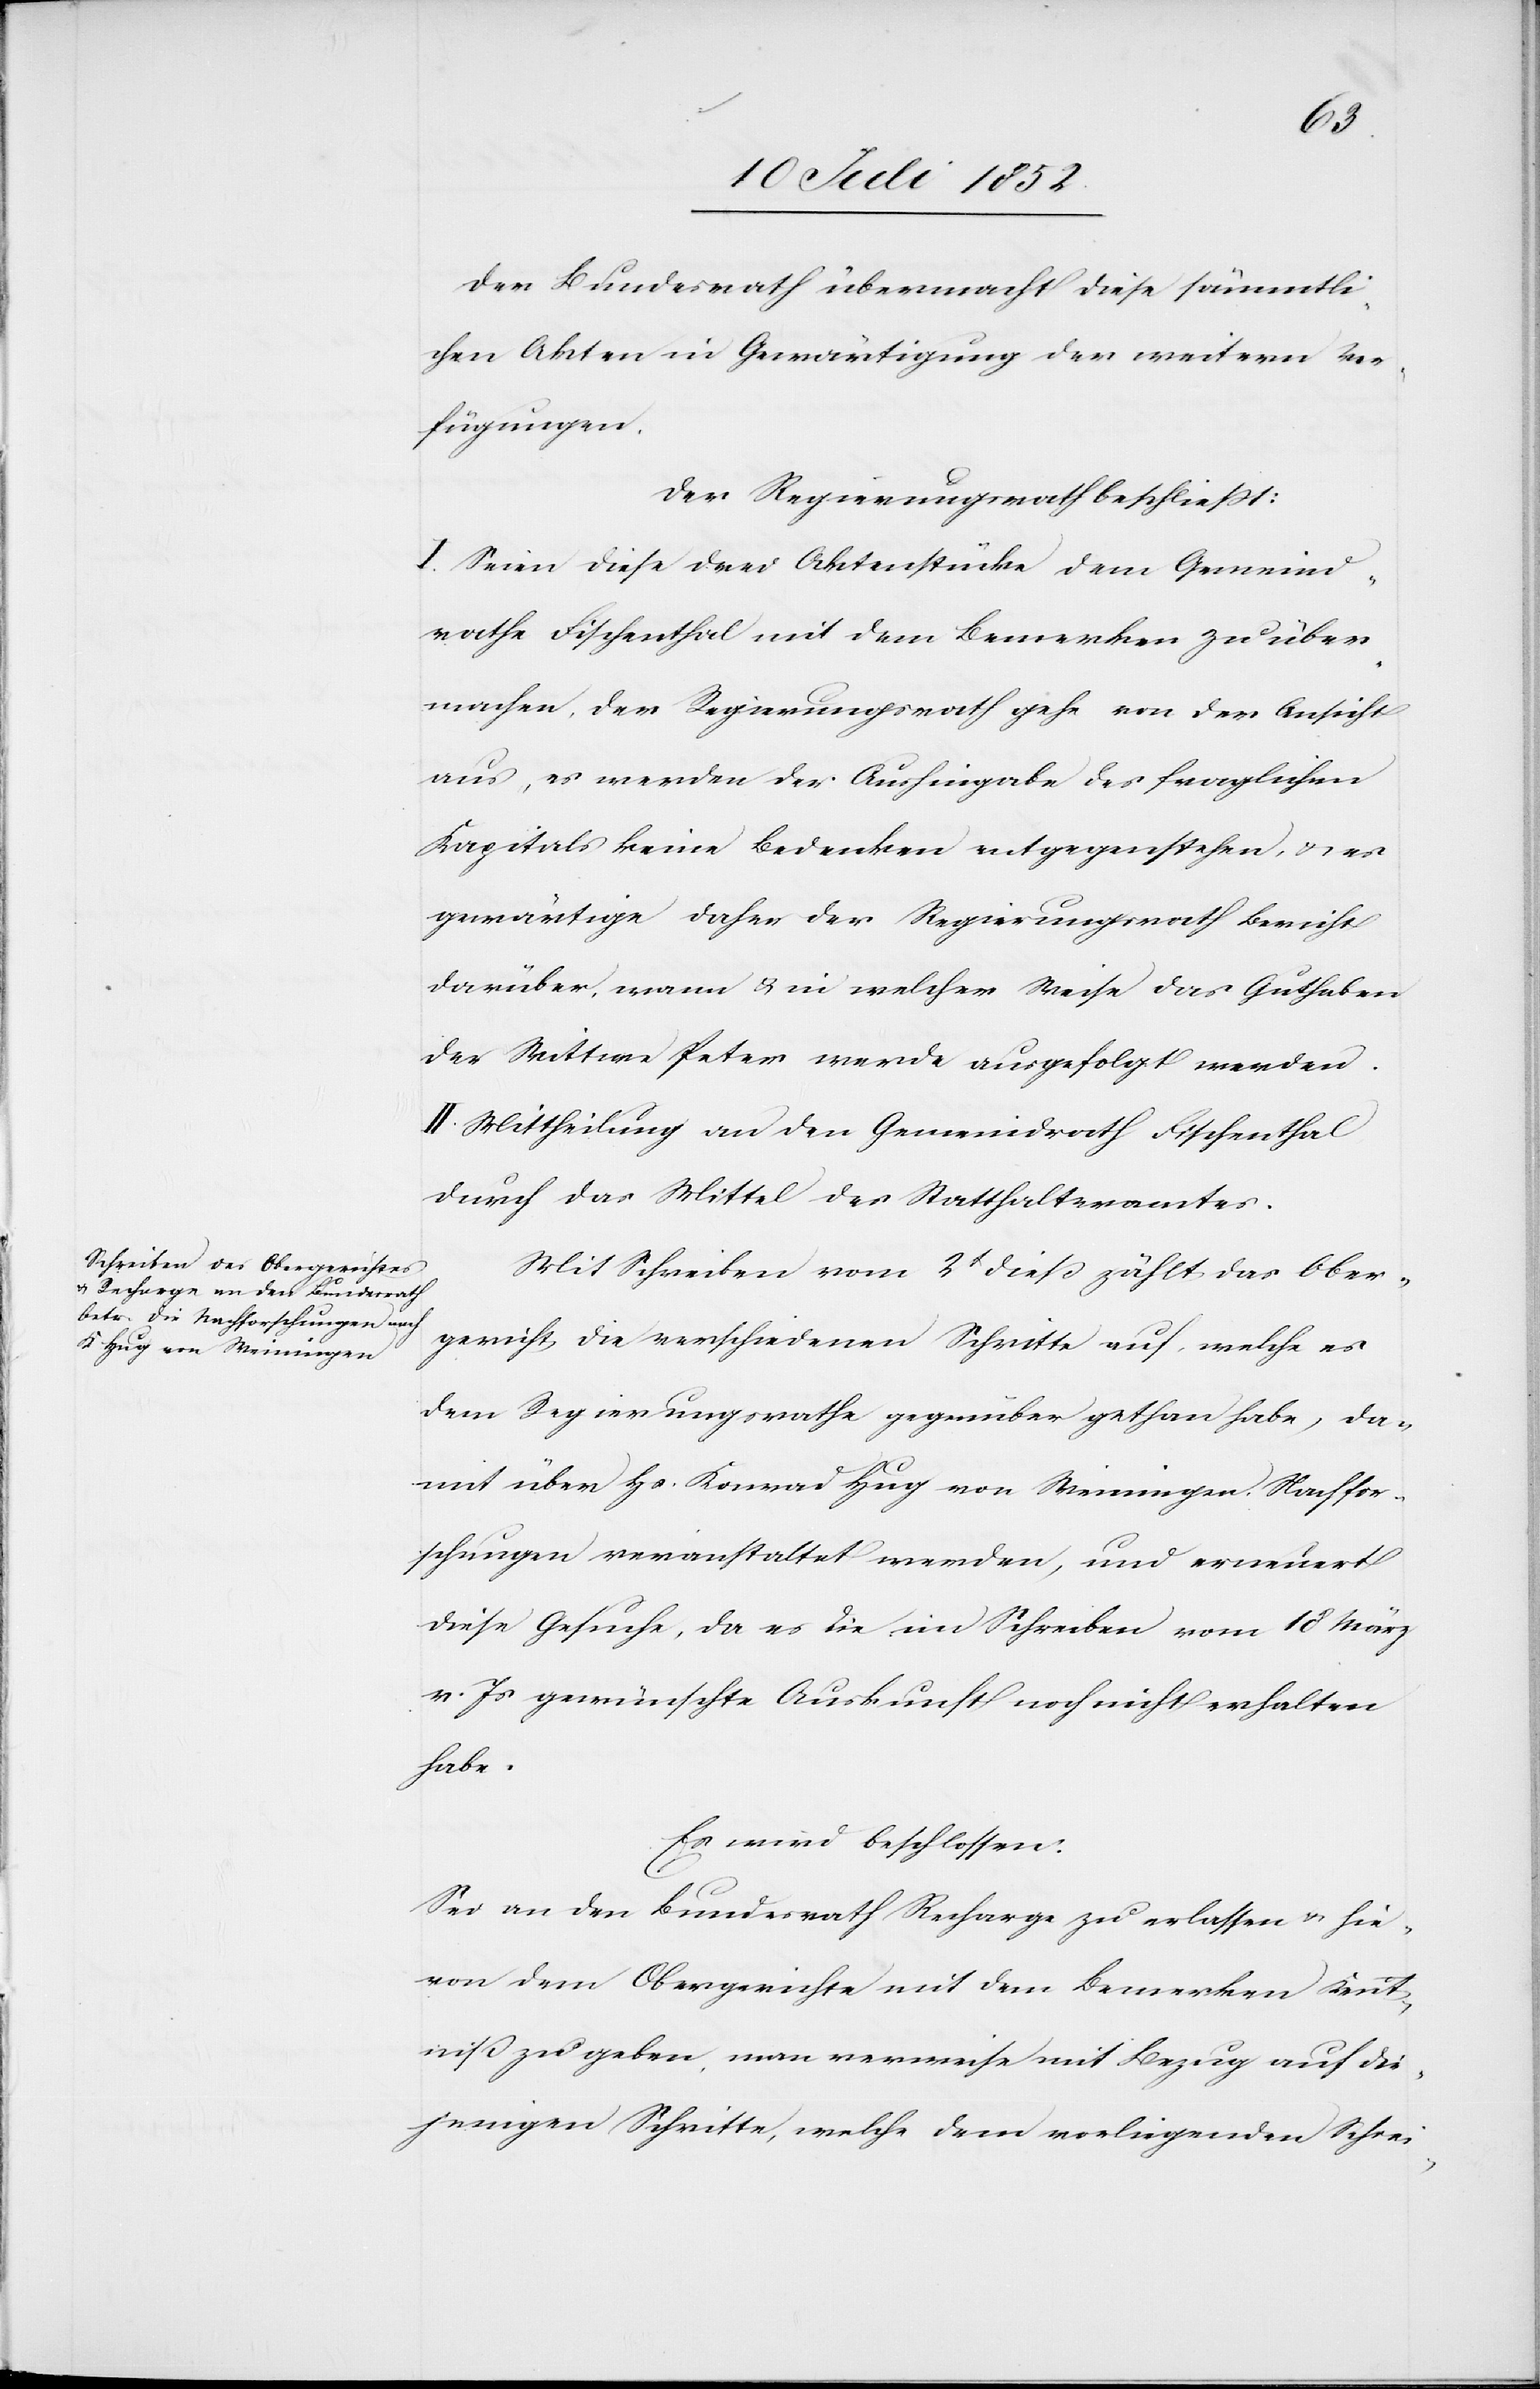
Der Bundesrath übermacht diese sämmtli¬
chen Akten in Gewärtigung der weitern Ver¬
fügungen.
Der Regierungsrath beschliesst:
I. Seien diese drei Aktenstücke dem Gemeind¬
rathe Fischenthal mit dem Bemerken zu über¬
machen, der Regierungsrath gehe von der Ansicht
aus, es werden der Aushingabe des fraglichen
Kapitals keine Bedenken entgegenstehen, & es
gewärtige daher der Regierungsrath Bericht
darüber, wann & in welcher Weise das Guthaben
der Wittwe Peter werde ausgefolgt werden.
II. Mittheilung an den Gemeindrath Fischenthal
durch das Mittel des Statthalteramtes.
Mit Schreiben vom 2t dieß zählt das Ober¬
gericht die verschiedenen Schritte auf, welche es
dem Regierungsrathe gegenüber gethan habe, da¬
mit über Hs. Konrad Hug von Meiningen Nachfor¬
schungen veranstaltet werden, und erneuert
diese Gesuche, da es die im Schreiben vom 18 März
v. Js gewünschte Auskunft noch nicht erhalten
habe.
Es wird beschlossen:
Sei an den Bundesrath Recharge zu erlassen & hie¬
von dem Obergerichte mit dem Bemerken Kennt¬
niß zu geben, man verweise mit Bezug auf die¬
jenigen Schritte, welche dem vorliegenden Schrei-